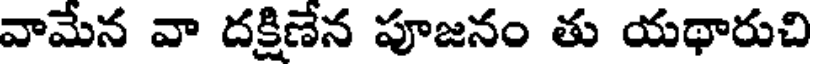
వామేన వా దక్షిణేన పూజనం తు యథారుచి